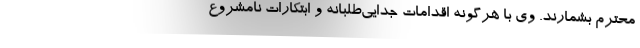
محترم بشمارند. وی با هرگونه اقدامات جدایی‌طلبانه و ابتکارات نامشروع